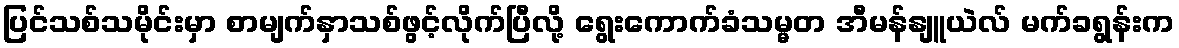
ပြင်သစ်သမိုင်းမှာ စာမျက်နှာသစ်ဖွင့်လိုက်ပြီလို့ ရွေးကောက်ခံသမ္မတ အီမန်နျူယဲလ် မက်ခရွန်းက